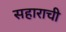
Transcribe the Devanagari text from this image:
सहाराची